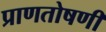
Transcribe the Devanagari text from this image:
प्राणतोषणी